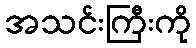
အသင်းကြီးကို